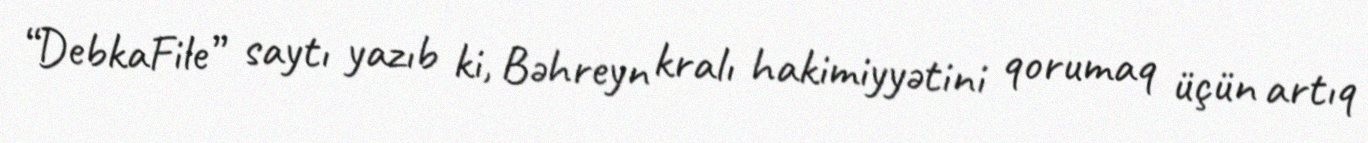
“DebkaFile” saytı yazıb ki, Bəhreyn kralı hakimiyyətini qorumaq üçün artıq